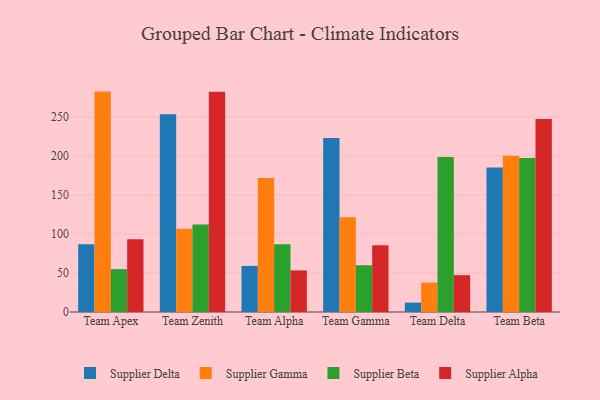
{"axis": {"x": "Team", "y": "Latency (ms)"}, "legend": ["Supplier Alpha", "Supplier Beta", "Supplier Delta", "Supplier Gamma"], "data": [{"x": "Team Apex", "y": 86.8, "type": "Supplier Delta"}, {"x": "Team Apex", "y": 282.5, "type": "Supplier Gamma"}, {"x": "Team Apex", "y": 54.9, "type": "Supplier Beta"}, {"x": "Team Apex", "y": 93.3, "type": "Supplier Alpha"}, {"x": "Team Zenith", "y": 253.5, "type": "Supplier Delta"}, {"x": "Team Zenith", "y": 106.8, "type": "Supplier Gamma"}, {"x": "Team Zenith", "y": 112.1, "type": "Supplier Beta"}, {"x": "Team Zenith", "y": 282.4, "type": "Supplier Alpha"}, {"x": "Team Alpha", "y": 59.1, "type": "Supplier Delta"}, {"x": "Team Alpha", "y": 171.9, "type": "Supplier Gamma"}, {"x": "Team Alpha", "y": 86.9, "type": "Supplier Beta"}, {"x": "Team Alpha", "y": 53.3, "type": "Supplier Alpha"}, {"x": "Team Gamma", "y": 222.9, "type": "Supplier Delta"}, {"x": "Team Gamma", "y": 121.3, "type": "Supplier Gamma"}, {"x": "Team Gamma", "y": 59.9, "type": "Supplier Beta"}, {"x": "Team Gamma", "y": 85.6, "type": "Supplier Alpha"}, {"x": "Team Delta", "y": 12.0, "type": "Supplier Delta"}, {"x": "Team Delta", "y": 37.7, "type": "Supplier Gamma"}, {"x": "Team Delta", "y": 198.8, "type": "Supplier Beta"}, {"x": "Team Delta", "y": 47.2, "type": "Supplier Alpha"}, {"x": "Team Beta", "y": 185.3, "type": "Supplier Delta"}, {"x": "Team Beta", "y": 200.2, "type": "Supplier Gamma"}, {"x": "Team Beta", "y": 197.4, "type": "Supplier Beta"}, {"x": "Team Beta", "y": 247.4, "type": "Supplier Alpha"}]}